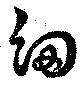
細